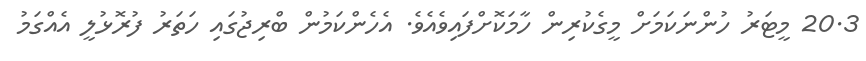
20.3 މީޓަރު ހުންނަކަމަށް މީގެކުރިން ހާމަކޮށްފައިވެއެވެ. އެހެންކަމުން ބްރިޖުގައި ހަތަރު ފުރޮޅުލީ އެއްގަމު